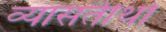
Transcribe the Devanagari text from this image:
व्यासतीर्था